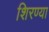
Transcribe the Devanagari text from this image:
शिरण्या